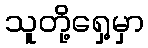
သူတို့ရှေ့မှာ